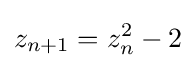
z_{n+1}=z_{n}^{2}-2